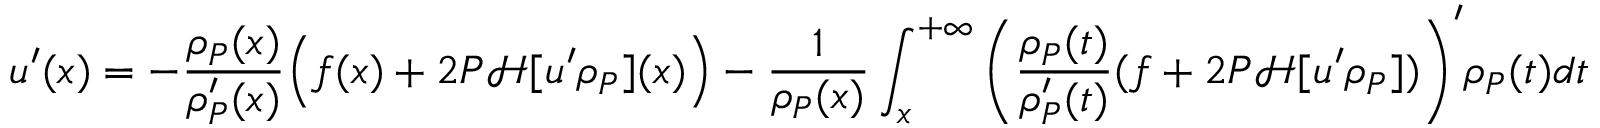
u ^ { \prime } ( x ) = - \frac { \rho _ { P } ( x ) } { \rho _ { P } ^ { \prime } ( x ) } \Big ( f ( x ) + 2 P \mathcal { H } [ u ^ { \prime } \rho _ { P } ] ( x ) \Big ) - \frac { 1 } { \rho _ { P } ( x ) } \int _ { x } ^ { + \infty } \Bigg ( \frac { \rho _ { P } ( t ) } { \rho _ { P } ^ { \prime } ( t ) } ( f + 2 P \mathcal { H } [ u ^ { \prime } \rho _ { P } ] ) \Bigg ) ^ { \prime } \rho _ { P } ( t ) d t